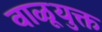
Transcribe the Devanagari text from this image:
वाळूयुक्त